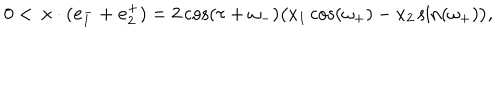
LaTeX: 0 < \, \mathbf { x } \cdot ( \mathbf { e } _ { 1 } ^ { - } + \mathbf { e } _ { 2 } ^ { + } ) = 2 \cos ( \tau + \omega _ { - } ) \big ( x _ { 1 } \cos ( \omega _ { + } ) - x _ { 2 } \sin ( \omega _ { + } ) \big ) ,